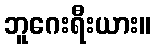
ဘူဂေးရီးယား။